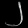
Digit: ၂